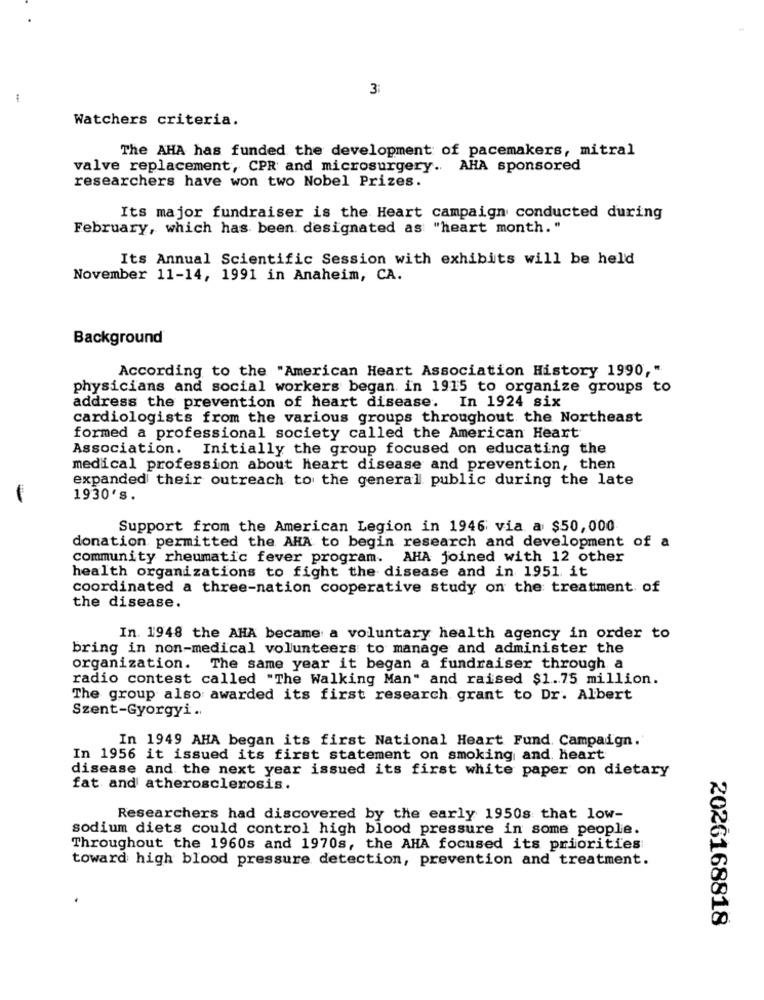
3
Watchers criteria.
The AHA has funded the development of pacemakers, mitral
valve replacement, CPR and microsurgery. AHA sponsored
researchers have won two Nobel Prizes.
Its major fundraiser is the Heart campaign conducted during
February, which has been designated as "heart month."
Its Annual Scientific Session with exhibits will be held
November 11-14, 1991 in Anaheim, CA.
Background
According to the "American Heart Association History 1990,"
physicians and social workers began in 1915 to organize groups to
address the prevention of heart disease. In 1924 six
cardiologists from the various groups throughout the Northeast
formed a professional society called the American Heart
Association. Initially the group focused on educating the
medical profession about heart disease and prevention, then
expanded their outreach to the general public during the late
1930's.
Support from the American Legion in 1946 via a $50,000
donation permitted the AHA to begin research and development of a
community rheumatic fever program. AHA joined with 12 other
health organizations to fight the disease and in 1951. it
coordinated a three-nation cooperative study on the treatment of
the disease.
In. 1948 the AHA became a voluntary health agency in order to
bring in non-medical volunteers to manage and administer the
organization. The same year it began a fundraiser through a
radio contest called "The Walking Man" and raised $1.75 million.
The group also awarded its first research grant to Dr. Albert
Szent-Gyorgyi ..
In 1949 AHA began its first National Heart Fund. Campaign.
In 1956 it issued its first statement on smoking and heart
disease and the next year issued its first white paper on dietary
fat and atherosclerosis.
Researchers had discovered by the early 1950s that low-
sodium diets could control high blood pressure in some people.
Throughout the 1960s and 1970s, the AHA focused its priorities
toward high blood pressure detection, prevention and treatment.
2026168818